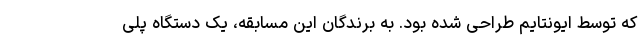
که توسط ایونتایم طراحی شده بود. به برندگان این مسابقه، یک دستگاه پلی